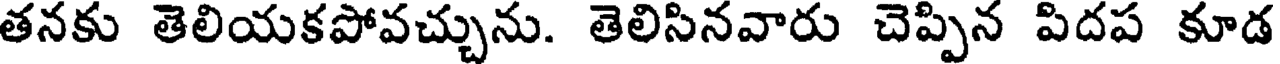
తనకు తెలియకపోవచ్చును. తెలిసినవారు చెప్పిన పిదప కూడ